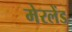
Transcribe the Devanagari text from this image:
मेरलेंड